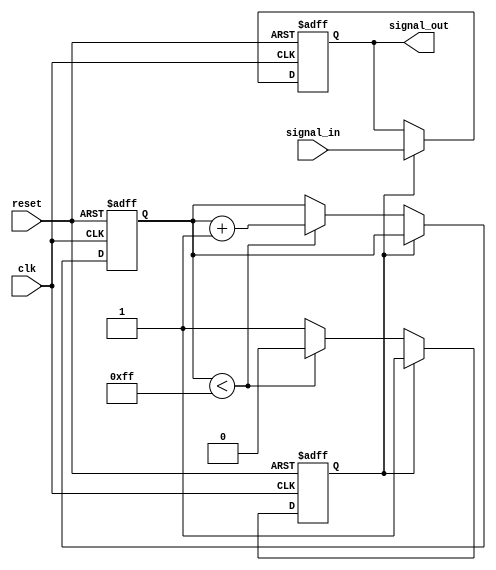
module RC_Delay_circuit (
  input wire clk,
  input wire reset,
  input wire signal_in,
  output reg signal_out
);

reg [7:0] counter;
reg delay_done;

parameter DELAY = 8'hFF;

always @(posedge clk or posedge reset) begin
  if (reset) begin
    counter <= 8'h00;
    delay_done <= 1'b0;
    signal_out <= 1'b0;
  end else begin
    if (delay_done) begin
      signal_out <= signal_in;
    end else begin
      if (counter < DELAY) begin
        counter <= counter + 1;
      end else begin
        delay_done <= 1'b1;
      end
    end
  end
end

endmodule